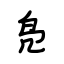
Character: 凫